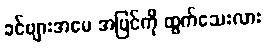
ခင်ဗျားအမေ အပြင်ကို ထွက်သေးလား